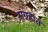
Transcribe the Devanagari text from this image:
संग्रहांत